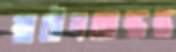
স্বাধীনতাস্তম্ভ